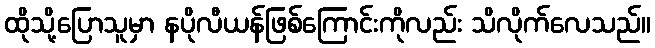
ထိုသို့ပြောသူမှာ နပိုလီယန်ဖြစ်ကြောင်းကိုလည်း သိလိုက်လေသည်။